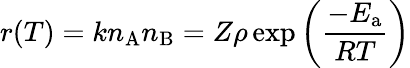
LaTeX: r(T)=kn_{\mathrm{A}}n_{\mathrm{B}}=Z\rho\exp\left({\frac{-E_{\mathrm{a}}}{RT}}\right)